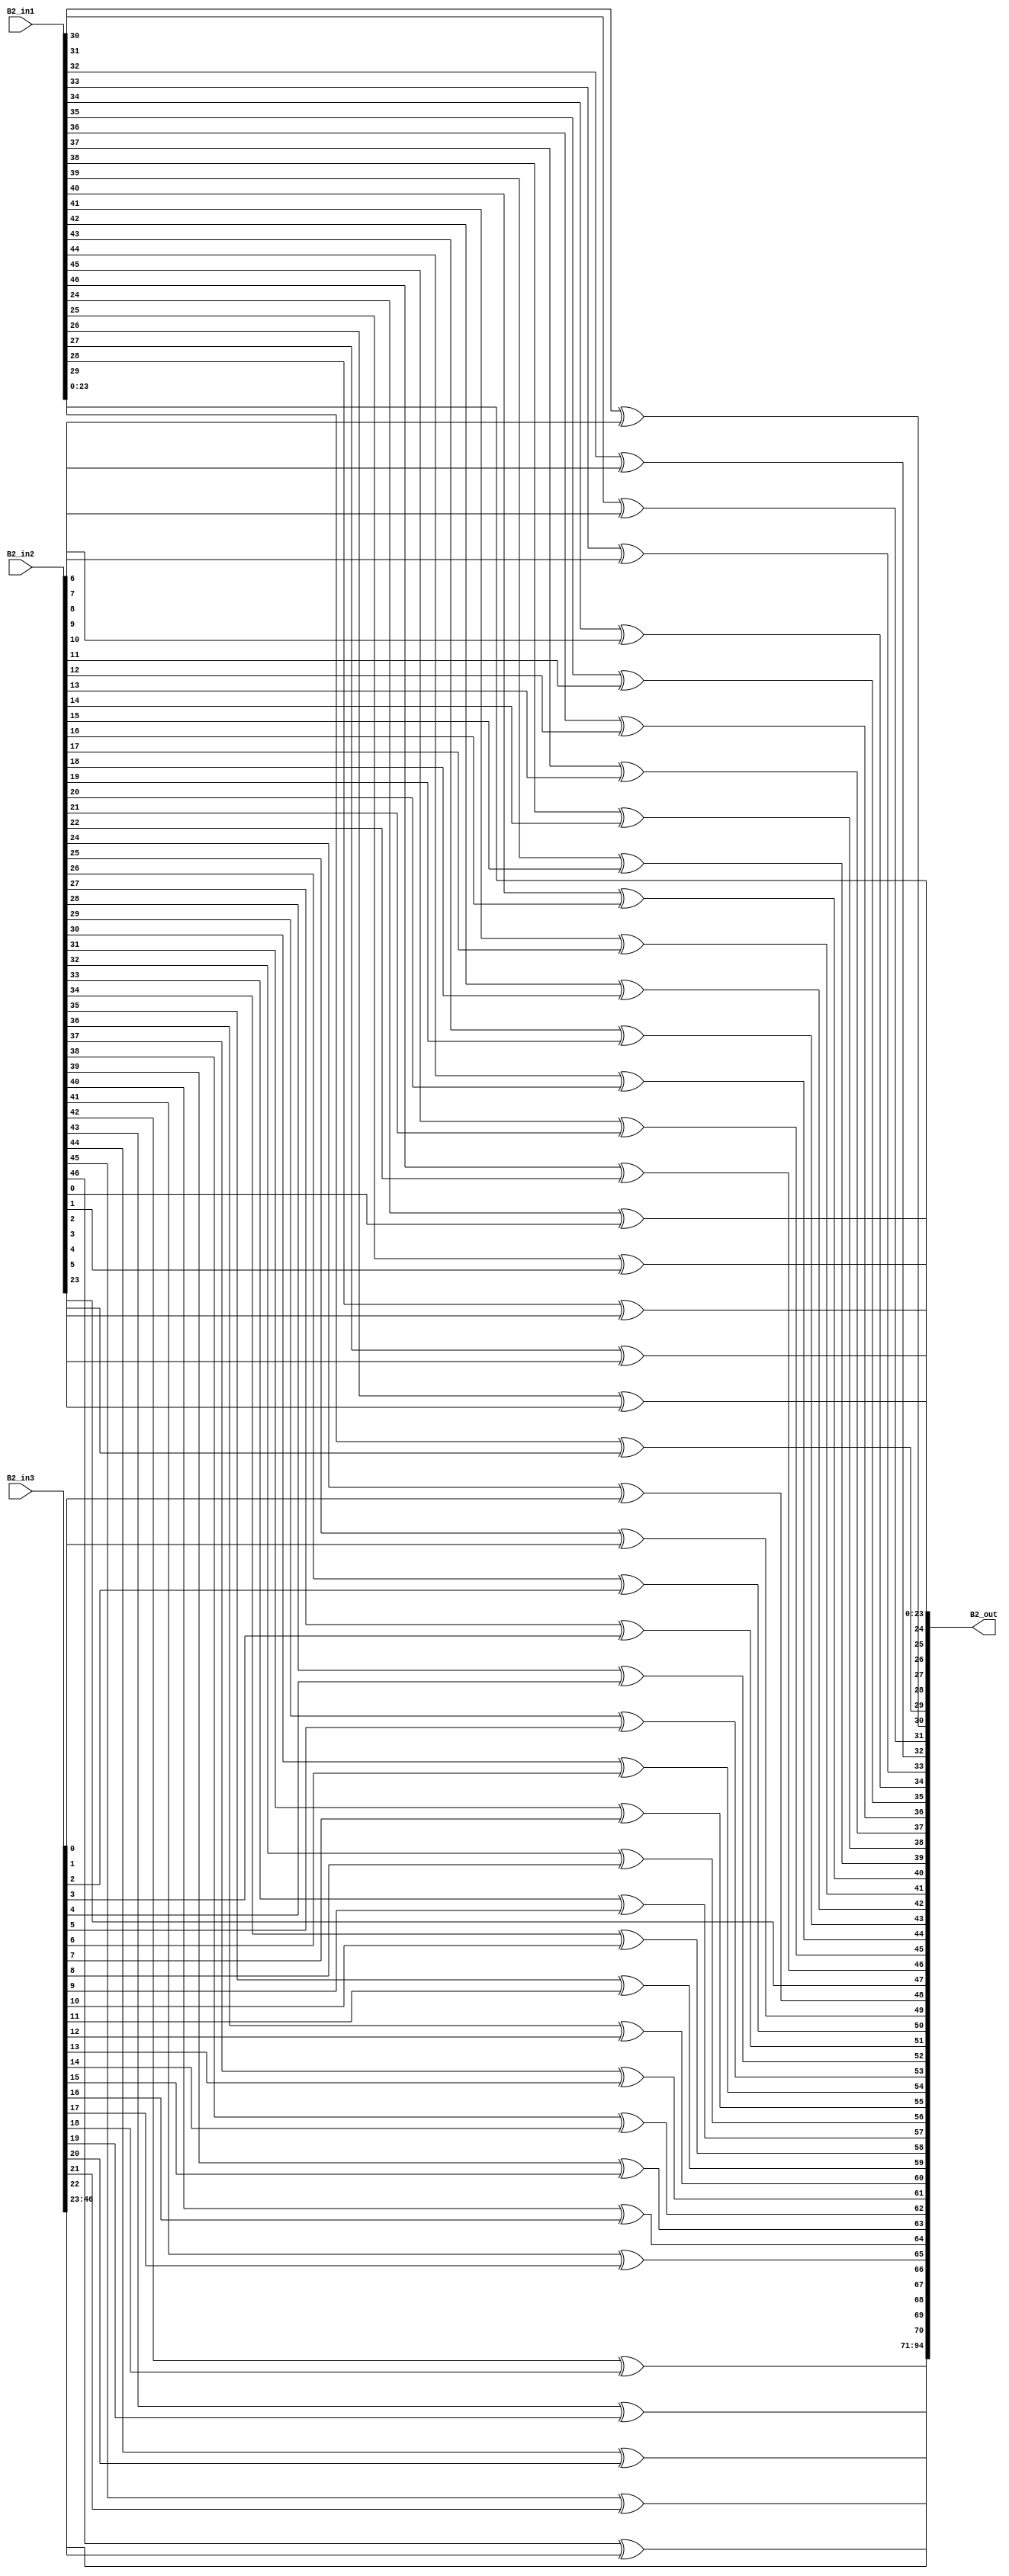
`timescale 1ns / 1ps 
//////////////////////////////////////////////////////////////////////////////////  
// Company:    
 // Engineer:   
 //  // Create Date: 25.01.2022 23:34:48 
// Design Name:     
// Module Name: overlap_module 
 // Project Name:    
// Target Devices:  
// Tool Versions:   
// Description: 
//              
// Dependencies:   
 //  
// Revision:       
 // Revision 0.01 - File Created 
// Additional Comments: 
//  
//////////////////////////////////////////////////////////////////////////////////  
    
    
module overlap_module_47bit(     
    B2_in1,                
    B2_in2,             
    B2_in3,   
    B2_out 
    );     


parameter n = 48;
    
input [n-2:0] B2_in1;   
input [n-2:0] B2_in2;    
input [n-2:0] B2_in3;    

output [2*n-2:0] B2_out;  
    


assign B2_out[0] = B2_in1[0];

assign B2_out[1] = B2_in1[1];

assign B2_out[2] = B2_in1[2];

assign B2_out[3] = B2_in1[3];

assign B2_out[4] = B2_in1[4];

assign B2_out[5] = B2_in1[5];

assign B2_out[6] = B2_in1[6];

assign B2_out[7] = B2_in1[7];

assign B2_out[8] = B2_in1[8];

assign B2_out[9] = B2_in1[9];

assign B2_out[10] = B2_in1[10];

assign B2_out[11] = B2_in1[11];

assign B2_out[12] = B2_in1[12];

assign B2_out[13] = B2_in1[13];

assign B2_out[14] = B2_in1[14];

assign B2_out[15] = B2_in1[15];

assign B2_out[16] = B2_in1[16];

assign B2_out[17] = B2_in1[17];

assign B2_out[18] = B2_in1[18];

assign B2_out[19] = B2_in1[19];

assign B2_out[20] = B2_in1[20];

assign B2_out[21] = B2_in1[21];

assign B2_out[22] = B2_in1[22];

assign B2_out[23] = B2_in1[23];

assign B2_out[24] = B2_in1[24]^ B2_in2[0];

assign B2_out[25] = B2_in1[25]^ B2_in2[1];

assign B2_out[26] = B2_in1[26]^ B2_in2[2];

assign B2_out[27] = B2_in1[27]^ B2_in2[3];

assign B2_out[28] = B2_in1[28]^ B2_in2[4];

assign B2_out[29] = B2_in1[29]^ B2_in2[5];

assign B2_out[30] = B2_in1[30]^ B2_in2[6];

assign B2_out[31] = B2_in1[31]^ B2_in2[7];

assign B2_out[32] = B2_in1[32]^ B2_in2[8];

assign B2_out[33] = B2_in1[33]^ B2_in2[9];

assign B2_out[34] = B2_in1[34]^ B2_in2[10];

assign B2_out[35] = B2_in1[35]^ B2_in2[11];

assign B2_out[36] = B2_in1[36]^ B2_in2[12];

assign B2_out[37] = B2_in1[37]^ B2_in2[13];

assign B2_out[38] = B2_in1[38]^ B2_in2[14];

assign B2_out[39] = B2_in1[39]^ B2_in2[15];

assign B2_out[40] = B2_in1[40]^ B2_in2[16];

assign B2_out[41] = B2_in1[41]^ B2_in2[17];

assign B2_out[42] = B2_in1[42]^ B2_in2[18];

assign B2_out[43] = B2_in1[43]^ B2_in2[19];

assign B2_out[44] = B2_in1[44]^ B2_in2[20];

assign B2_out[45] = B2_in1[45]^ B2_in2[21];

assign B2_out[46] = B2_in1[46]^ B2_in2[22];

assign B2_out[47] = B2_in2[23];

assign B2_out[48] = B2_in2[24]^B2_in3[0];

assign B2_out[49] = B2_in2[25]^B2_in3[1];

assign B2_out[50] = B2_in2[26]^B2_in3[2];

assign B2_out[51] = B2_in2[27]^B2_in3[3];

assign B2_out[52] = B2_in2[28]^B2_in3[4];

assign B2_out[53] = B2_in2[29]^B2_in3[5];

assign B2_out[54] = B2_in2[30]^B2_in3[6];

assign B2_out[55] = B2_in2[31]^B2_in3[7];

assign B2_out[56] = B2_in2[32]^B2_in3[8];

assign B2_out[57] = B2_in2[33]^B2_in3[9];

assign B2_out[58] = B2_in2[34]^B2_in3[10];

assign B2_out[59] = B2_in2[35]^B2_in3[11];

assign B2_out[60] = B2_in2[36]^B2_in3[12];

assign B2_out[61] = B2_in2[37]^B2_in3[13];

assign B2_out[62] = B2_in2[38]^B2_in3[14];

assign B2_out[63] = B2_in2[39]^B2_in3[15];

assign B2_out[64] = B2_in2[40]^B2_in3[16];

assign B2_out[65] = B2_in2[41]^B2_in3[17];

assign B2_out[66] = B2_in2[42]^B2_in3[18];

assign B2_out[67] = B2_in2[43]^B2_in3[19];

assign B2_out[68] = B2_in2[44]^B2_in3[20];

assign B2_out[69] = B2_in2[45]^B2_in3[21];

assign B2_out[70] = B2_in2[46]^B2_in3[22];

assign B2_out[71] = B2_in3[23];

assign B2_out[72] = B2_in3[24];

assign B2_out[73] = B2_in3[25];

assign B2_out[74] = B2_in3[26];

assign B2_out[75] = B2_in3[27];

assign B2_out[76] = B2_in3[28];

assign B2_out[77] = B2_in3[29];

assign B2_out[78] = B2_in3[30];

assign B2_out[79] = B2_in3[31];

assign B2_out[80] = B2_in3[32];

assign B2_out[81] = B2_in3[33];

assign B2_out[82] = B2_in3[34];

assign B2_out[83] = B2_in3[35];

assign B2_out[84] = B2_in3[36];

assign B2_out[85] = B2_in3[37];

assign B2_out[86] = B2_in3[38];

assign B2_out[87] = B2_in3[39];

assign B2_out[88] = B2_in3[40];

assign B2_out[89] = B2_in3[41];

assign B2_out[90] = B2_in3[42];

assign B2_out[91] = B2_in3[43];

assign B2_out[92] = B2_in3[44];

assign B2_out[93] = B2_in3[45];

assign B2_out[94] = B2_in3[46];

endmodule